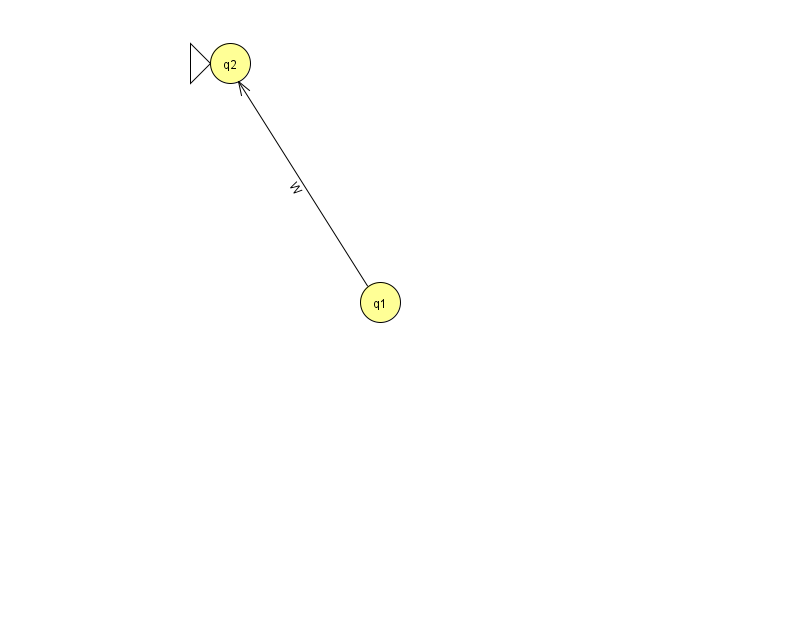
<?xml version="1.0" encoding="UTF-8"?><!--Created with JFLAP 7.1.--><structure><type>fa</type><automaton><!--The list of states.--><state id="1" name="q1"><x>380.0</x><y>289.0</y></state><state id="2" name="q2"><x>230.0</x><y>50.0</y><initial/></state><!--The list of transitions.--><transition><from>1</from><to>2</to><read>W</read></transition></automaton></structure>